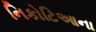
નિકોટિઆના